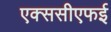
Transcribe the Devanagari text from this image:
एक्ससीएफई